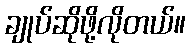
ချုပ်ဆိုဖို့လိုတယ်။